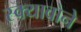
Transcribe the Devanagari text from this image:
स्क्यावोने